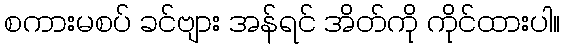
စကားမစပ် ခင်ဗျား အန်ရင် အိတ်ကို ကိုင်ထားပါ။